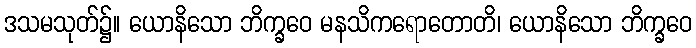
ဒသမသုတ်၌။ ယောနိသော ဘိက္ခဝေ မနသိကရောတောတိ၊ ယောနိသော ဘိက္ခဝေ